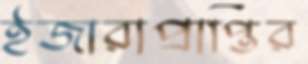
ইজারাপ্রাপ্তির